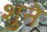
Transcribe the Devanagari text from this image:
शुने